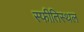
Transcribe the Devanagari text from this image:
स्फीतिस्थल